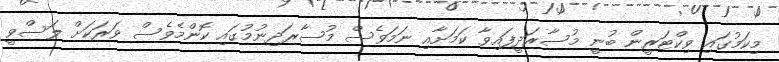
މިކަމުގައި ވިކްޓަރީން ބުނީ މުސާރަދީފައިވާ ކަމަށާއި ނަމަވެސް މުސާރަދިނުމުގައި ކޮންމެވެސް ވަރަކަށް ލަސްވީ